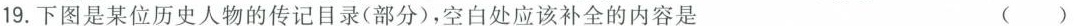
19.下图是某位历史人物的传记目录(部分),空白处应该补全的内容是()